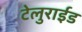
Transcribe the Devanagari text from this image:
टेलुराईड